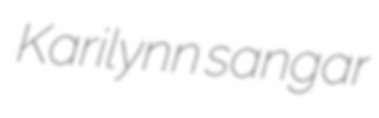
Karilynn sangar